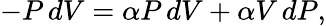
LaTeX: -P\, dV=\alpha P\, dV+\alpha V\, dP,